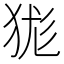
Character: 狵